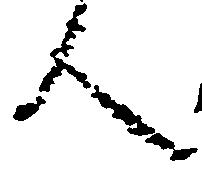
人